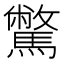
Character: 𩦉